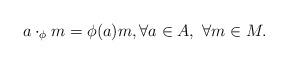
LaTeX: \begin{align*} a\cdot_\phi m=\phi(a) m,\forall a\in A,\ \forall m\in M. \end{align*}